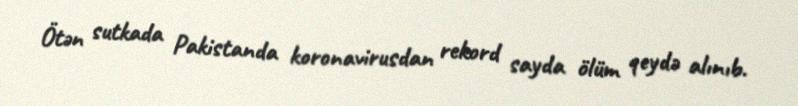
Ötən sutkada Pakistanda koronavirusdan rekord sayda ölüm qeydə alınıb.